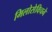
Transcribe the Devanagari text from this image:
मिलोसेविचने